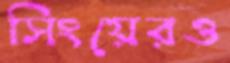
সিংয়েরও